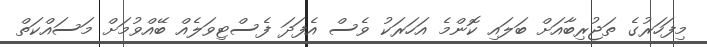
މިފަހަރުގެ ތަޖުރިބާއަށް ބަލައި ކޮންމެ އަހަރަކު ވެސް އެފަދަ ފެސްޓިވަލެއް ބޭއްވުމަށް މަސައްކަތް